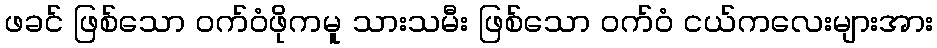
ဖခင် ဖြစ်သော ဝက်ဝံဖိုကမူ သားသမီး ဖြစ်သော ဝက်ဝံ ငယ်ကလေးများအား